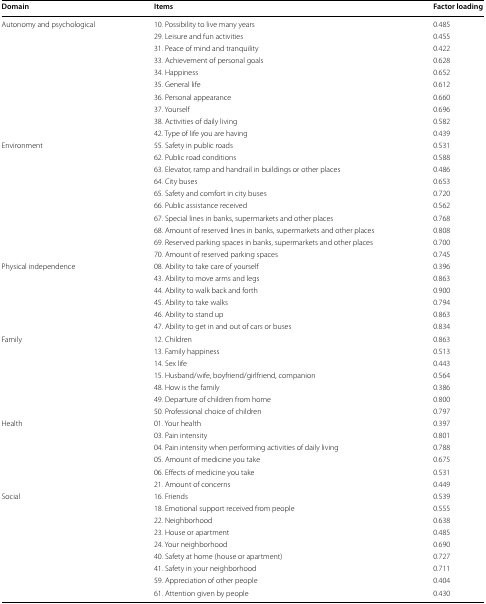
<table><thead><tr><td><b>Domain</b></td><td><b>Items</b></td><td><b>Factor loading</b></td></tr></thead><tbody><tr><td rowspan="10">Autonomy and psychological</td><td>10. Possibility to live many years</td><td>0.485</td></tr><tr><td>29. Leisure and fun activities</td><td>0.455</td></tr><tr><td>31. Peace of mind and tranquility</td><td>0.422</td></tr><tr><td>33. Achievement of personal goals</td><td>0.628</td></tr><tr><td>34. Happiness</td><td>0.652</td></tr><tr><td>35. General life</td><td>0.612</td></tr><tr><td>36. Personal appearance</td><td>0.660</td></tr><tr><td>37. Yourself</td><td>0.696</td></tr><tr><td>38. Activities of daily living</td><td>0.582</td></tr><tr><td>42. Type of life you are having</td><td>0.439</td></tr><tr><td rowspan="10">Environment</td><td>55. Safety in public roads</td><td>0.531</td></tr><tr><td>62. Public road conditions</td><td>0.588</td></tr><tr><td>63. Elevator, ramp and handrail in buildings or other places</td><td>0.486</td></tr><tr><td>64. City buses</td><td>0.653</td></tr><tr><td>65. Safety and comfort in city buses</td><td>0.720</td></tr><tr><td>66. Public assistance received</td><td>0.562</td></tr><tr><td>67. Special lines in banks, supermarkets and other places</td><td>0.768</td></tr><tr><td>68. Amount of reserved lines in banks, supermarkets and other places</td><td>0.808</td></tr><tr><td>69. Reserved parking spaces in banks, supermarkets and other places</td><td>0.700</td></tr><tr><td>70. Amount of reserved parking spaces</td><td>0.745</td></tr><tr><td rowspan="6">Physical independence</td><td>08. Ability to take care of yourself</td><td>0.396</td></tr><tr><td>43. Ability to move arms and legs</td><td>0.863</td></tr><tr><td>44. Ability to walk back and forth</td><td>0.900</td></tr><tr><td>45. Ability to take walks</td><td>0.794</td></tr><tr><td>46. Ability to stand up</td><td>0.863</td></tr><tr><td>47. Ability to get in and out of cars or buses</td><td>0.834</td></tr><tr><td rowspan="7">Family</td><td>12. Children</td><td>0.863</td></tr><tr><td>13. Family happiness</td><td>0.513</td></tr><tr><td>14. Sex life</td><td>0.443</td></tr><tr><td>15. Husband/wife, boyfriend/girlfriend, companion</td><td>0.564</td></tr><tr><td>48. How is the family</td><td>0.386</td></tr><tr><td>49. Departure of children from home</td><td>0.800</td></tr><tr><td>50. Professional choice of children</td><td>0.797</td></tr><tr><td rowspan="6">Health</td><td>01. Your health</td><td>0.397</td></tr><tr><td>03. Pain intensity</td><td>0.801</td></tr><tr><td>04. Pain intensity when performing activities of daily living</td><td>0.788</td></tr><tr><td>05. Amount of medicine you take</td><td>0.675</td></tr><tr><td>06. Effects of medicine you take</td><td>0.531</td></tr><tr><td>21. Amount of concerns</td><td>0.449</td></tr><tr><td rowspan="9">Social</td><td>16. Friends</td><td>0.539</td></tr><tr><td>18. Emotional support received from people</td><td>0.555</td></tr><tr><td>22. Neighborhood</td><td>0.638</td></tr><tr><td>23. House or apartment</td><td>0.485</td></tr><tr><td>24. Your neighborhood</td><td>0.690</td></tr><tr><td>40. Safety at home (house or apartment)</td><td>0.727</td></tr><tr><td>41. Safety in your neighborhood</td><td>0.711</td></tr><tr><td>59. Appreciation of other people</td><td>0.404</td></tr><tr><td>61. Attention given by people</td><td>0.430</td></tr></tbody></table>